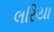
લરિયા